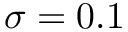
\sigma = 0 . 1